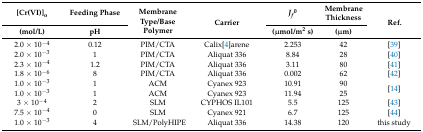
| [Cr(VI)]o | Feeding Phase | <ROWSPAN=2> Membrane Type/Base Polymer | <ROWSPAN=2> Carrier | Jf0 | Membrane Thickness | <ROWSPAN=2> Ref. |
 | (mol/L) | pH | (μmol/m2 s) | (μm) |
 | --- | --- | --- | --- | --- | --- | --- |
 | 2.0 × 10−4 | 0.12 | PIM/CTA | Calix[4]arene | 2.253 | 42 | [39] |
 | 2.0 × 10−3 | 1 | PIM/CTA | Aliquat 336 | 8.84 | 28 | [40] |
 | 2.3 × 10−4 | 1.2 | PIM/CTA | Aliquat 336 | 3.11 | 80 | [41] |
 | 1.8 × 10−6 | 8 | PIM/CTA | Aliquat 336 | 0.002 | 62 | [42] |
 | 1.0 × 10−3 | 1 | ACM | Cyanex 923 | 10.91 | 90 | <ROWSPAN=2> [14] |
 | 1.0 × 10−3 | 1 | ACM | Cyanex 923 | 11.94 | 25 |
 | 3 × 10−4 | 2 | SLM | CYPHOS IL101 | 5.5 | 125 | [43] |
 | 7.5 × 10−4 | 0 | SLM | Cyanex 921 | 6.7 | 125 | [44] |
 | 1.0 × 10−3 | 4 | SLM/PolyHIPE | Aliquat 336 | 14.38 | 120 | this study |